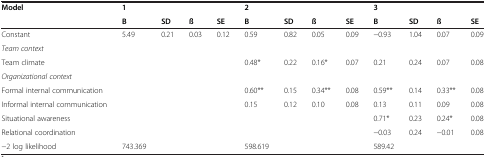
<table><thead><tr><td><b>Model</b></td><td><b>1</b></td><td><b> </b></td><td><b> </b></td><td><b> </b></td><td><b>2</b></td><td><b> </b></td><td><b> </b></td><td><b> </b></td><td><b>3</b></td><td><b> </b></td><td><b> </b></td><td><b> </b></td></tr><tr><td><b> </b></td><td><b>B</b></td><td><b>SD</b></td><td><b>ß</b></td><td><b>SE</b></td><td><b>B</b></td><td><b>SD</b></td><td><b>ß</b></td><td><b>SE</b></td><td><b>B</b></td><td><b>SD</b></td><td><b>ß</b></td><td><b>SE</b></td></tr></thead><tbody><tr><td>Constant</td><td>5.49</td><td>0.21</td><td>0.03</td><td>0.12</td><td>0.59</td><td>0.82</td><td>0.05</td><td>0.09</td><td>-0.93</td><td>1.04</td><td>0.07</td><td>0.09</td></tr><tr><td><i>Team context</i></td><td> </td><td> </td><td> </td><td> </td><td> </td><td> </td><td> </td><td> </td><td> </td><td> </td><td> </td><td> </td></tr><tr><td>Team climate</td><td> </td><td> </td><td> </td><td> </td><td>0.48*</td><td>0.22</td><td>0.16*</td><td>0.07</td><td>0.21</td><td>0.24</td><td>0.07</td><td>0.08</td></tr><tr><td><i>Organizational context</i></td><td> </td><td> </td><td> </td><td> </td><td> </td><td> </td><td> </td><td> </td><td> </td><td> </td><td> </td><td> </td></tr><tr><td>Formal internal communication</td><td> </td><td> </td><td> </td><td> </td><td>0.60**</td><td>0.15</td><td>0.34**</td><td>0.08</td><td>0.59**</td><td>0.14</td><td>0.33**</td><td>0.08</td></tr><tr><td>Informal internal communication</td><td> </td><td> </td><td> </td><td> </td><td>0.15</td><td>0.12</td><td>0.10</td><td>0.08</td><td>0.13</td><td>0.11</td><td>0.09</td><td>0.08</td></tr><tr><td>Situational awareness</td><td> </td><td> </td><td> </td><td> </td><td> </td><td> </td><td> </td><td> </td><td>0.71*</td><td>0.23</td><td>0.24*</td><td>0.08</td></tr><tr><td>Relational coordination</td><td> </td><td> </td><td> </td><td> </td><td> </td><td> </td><td> </td><td> </td><td>-0.03</td><td>0.24</td><td>-0.01</td><td>0.08</td></tr><tr><td>-2 log likelihood</td><td>743.369</td><td> </td><td> </td><td> </td><td>598.619</td><td> </td><td> </td><td> </td><td>589.42</td><td> </td><td> </td><td> </td></tr></tbody></table>